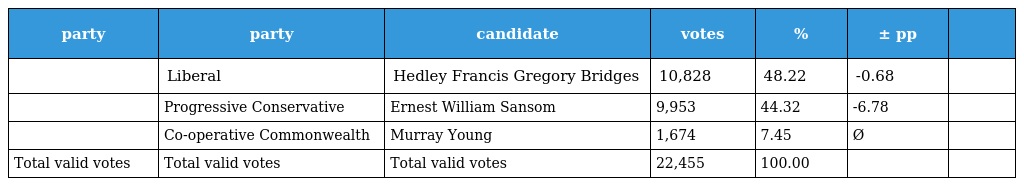
| party | party | candidate | votes | % | ± pp |  |
 | --- | --- | --- | --- | --- | --- | --- |
 |  | Liberal | Hedley Francis Gregory Bridges | 10,828 | 48.22 | -0.68 |  |
 |  | Progressive Conservative | Ernest William Sansom | 9,953 | 44.32 | -6.78 |  |
 |  | Co-operative Commonwealth | Murray Young | 1,674 | 7.45 | Ø |  |
 | Total valid votes | Total valid votes | Total valid votes | 22,455 | 100.00 |  |  |